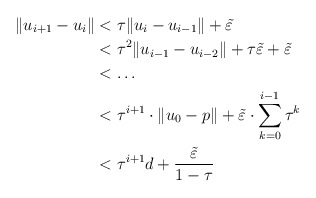
\begin{align*} \Vert u_{i+1}-u_i\Vert&<\tau\Vert u_i-u_{i-1}\Vert+\tilde\varepsilon\\&<\tau^2\Vert u_{i-1}-u_{i-2}\Vert+\tau\tilde\varepsilon+\tilde\varepsilon\\&<\ldots\\&<\tau^{i+1}\cdot\Vert u_0-p\Vert+\tilde\varepsilon\cdot\sum_{k=0}^{i-1}\tau^k\\&<\tau^{i+1}d+\frac{\tilde\varepsilon}{1-\tau}\end{align*}